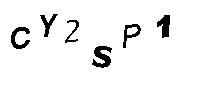
CY2SP1